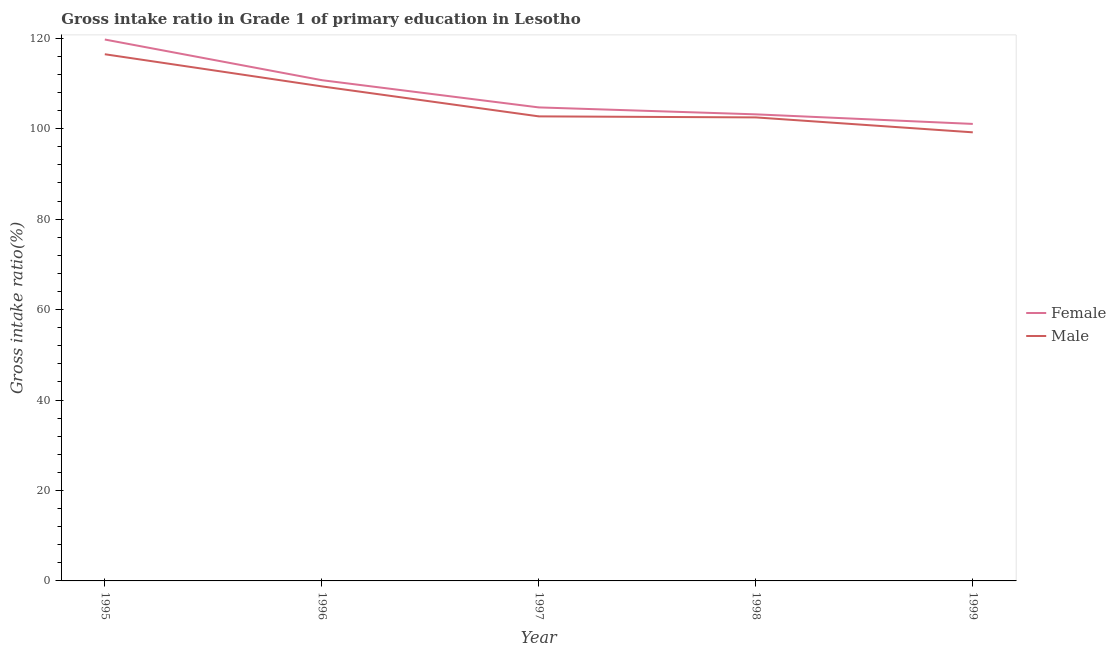
| Year | Female | Male |
 | --- | --- | --- |
 | 1995 | 120 | 116 |
 | 1996 | 111 | 109 |
 | 1997 | 105 | 103 |
 | 1998 | 103 | 103 |
 | 1999 | 101 | 99.2 |